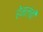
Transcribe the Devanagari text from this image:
हेमलंबी